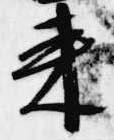
来